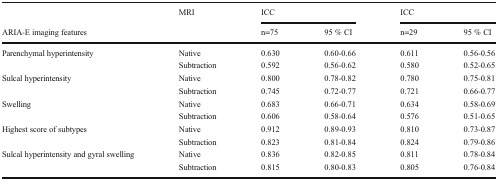
<table><thead><tr><td></td><td rowspan="2"><b>MRI</b></td><td colspan="2"><b>ICC</b></td><td colspan="2"><b>ICC</b></td></tr><tr><td><b>ARIA-E imaging features</b></td><td><b>n=75</b></td><td><b>95 % CI</b></td><td><b>n=29</b></td><td><b>95 % CI</b></td></tr></thead><tbody><tr><td rowspan="2">Parenchymal hyperintensity</td><td>Native</td><td>0.630</td><td>0.60-0.66</td><td>0.611</td><td>0.56-0.56</td></tr><tr><td>Subtraction</td><td>0.592</td><td>0.56-0.62</td><td>0.580</td><td>0.52-0.65</td></tr><tr><td rowspan="2">Sulcal hyperintensity</td><td>Native</td><td>0.800</td><td>0.78-0.82</td><td>0.780</td><td>0.75-0.81</td></tr><tr><td>Subtraction</td><td>0.745</td><td>0.72-0.77</td><td>0.721</td><td>0.66-0.77</td></tr><tr><td rowspan="2">Swelling</td><td>Native</td><td>0.683</td><td>0.66-0.71</td><td>0.634</td><td>0.58-0.69</td></tr><tr><td>Subtraction</td><td>0.606</td><td>0.58-0.64</td><td>0.576</td><td>0.51-0.65</td></tr><tr><td rowspan="2">Highest score of subtypes</td><td>Native</td><td>0.912</td><td>0.89-0.93</td><td>0.810</td><td>0.73-0.87</td></tr><tr><td>Subtraction</td><td>0.823</td><td>0.81-0.84</td><td>0.824</td><td>0.79-0.86</td></tr><tr><td rowspan="2">Sulcal hyperintensity and gyral swelling</td><td>Native</td><td>0.836</td><td>0.82-0.85</td><td>0.811</td><td>0.78-0.84</td></tr><tr><td>Subtraction</td><td>0.815</td><td>0.80-0.83</td><td>0.805</td><td>0.76-0.84</td></tr></tbody></table>